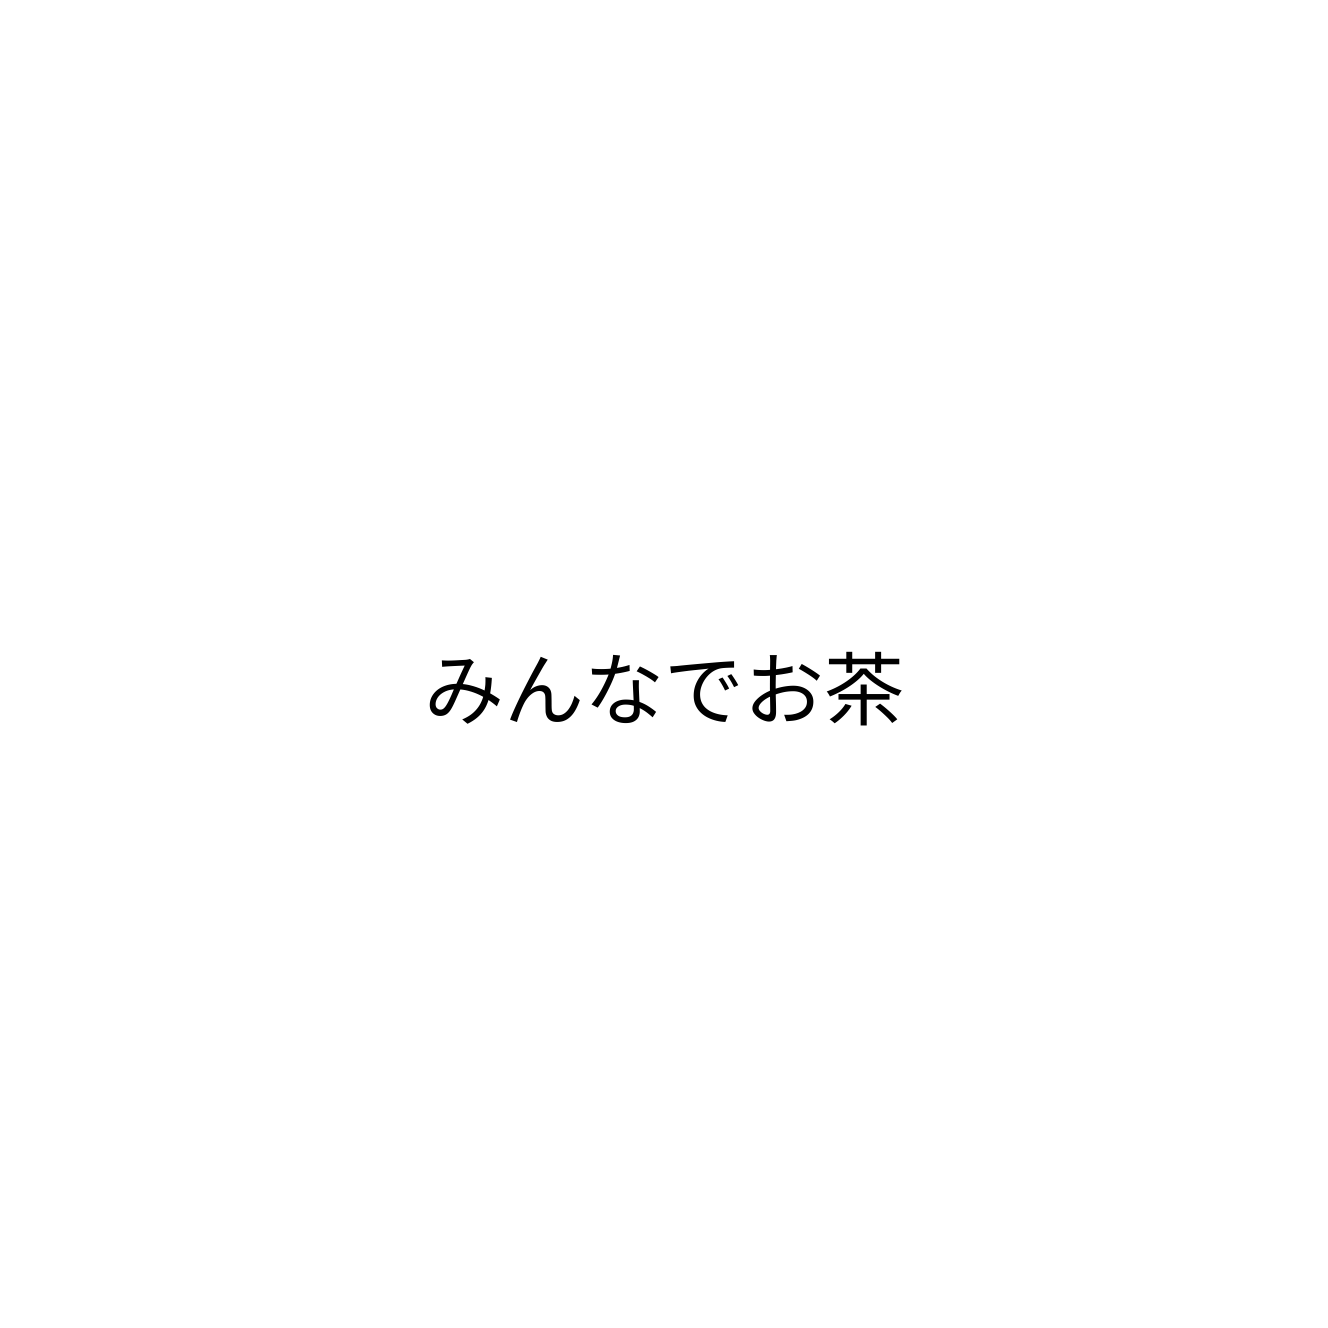
みんなでお茶